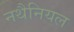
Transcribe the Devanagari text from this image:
नथैनियल